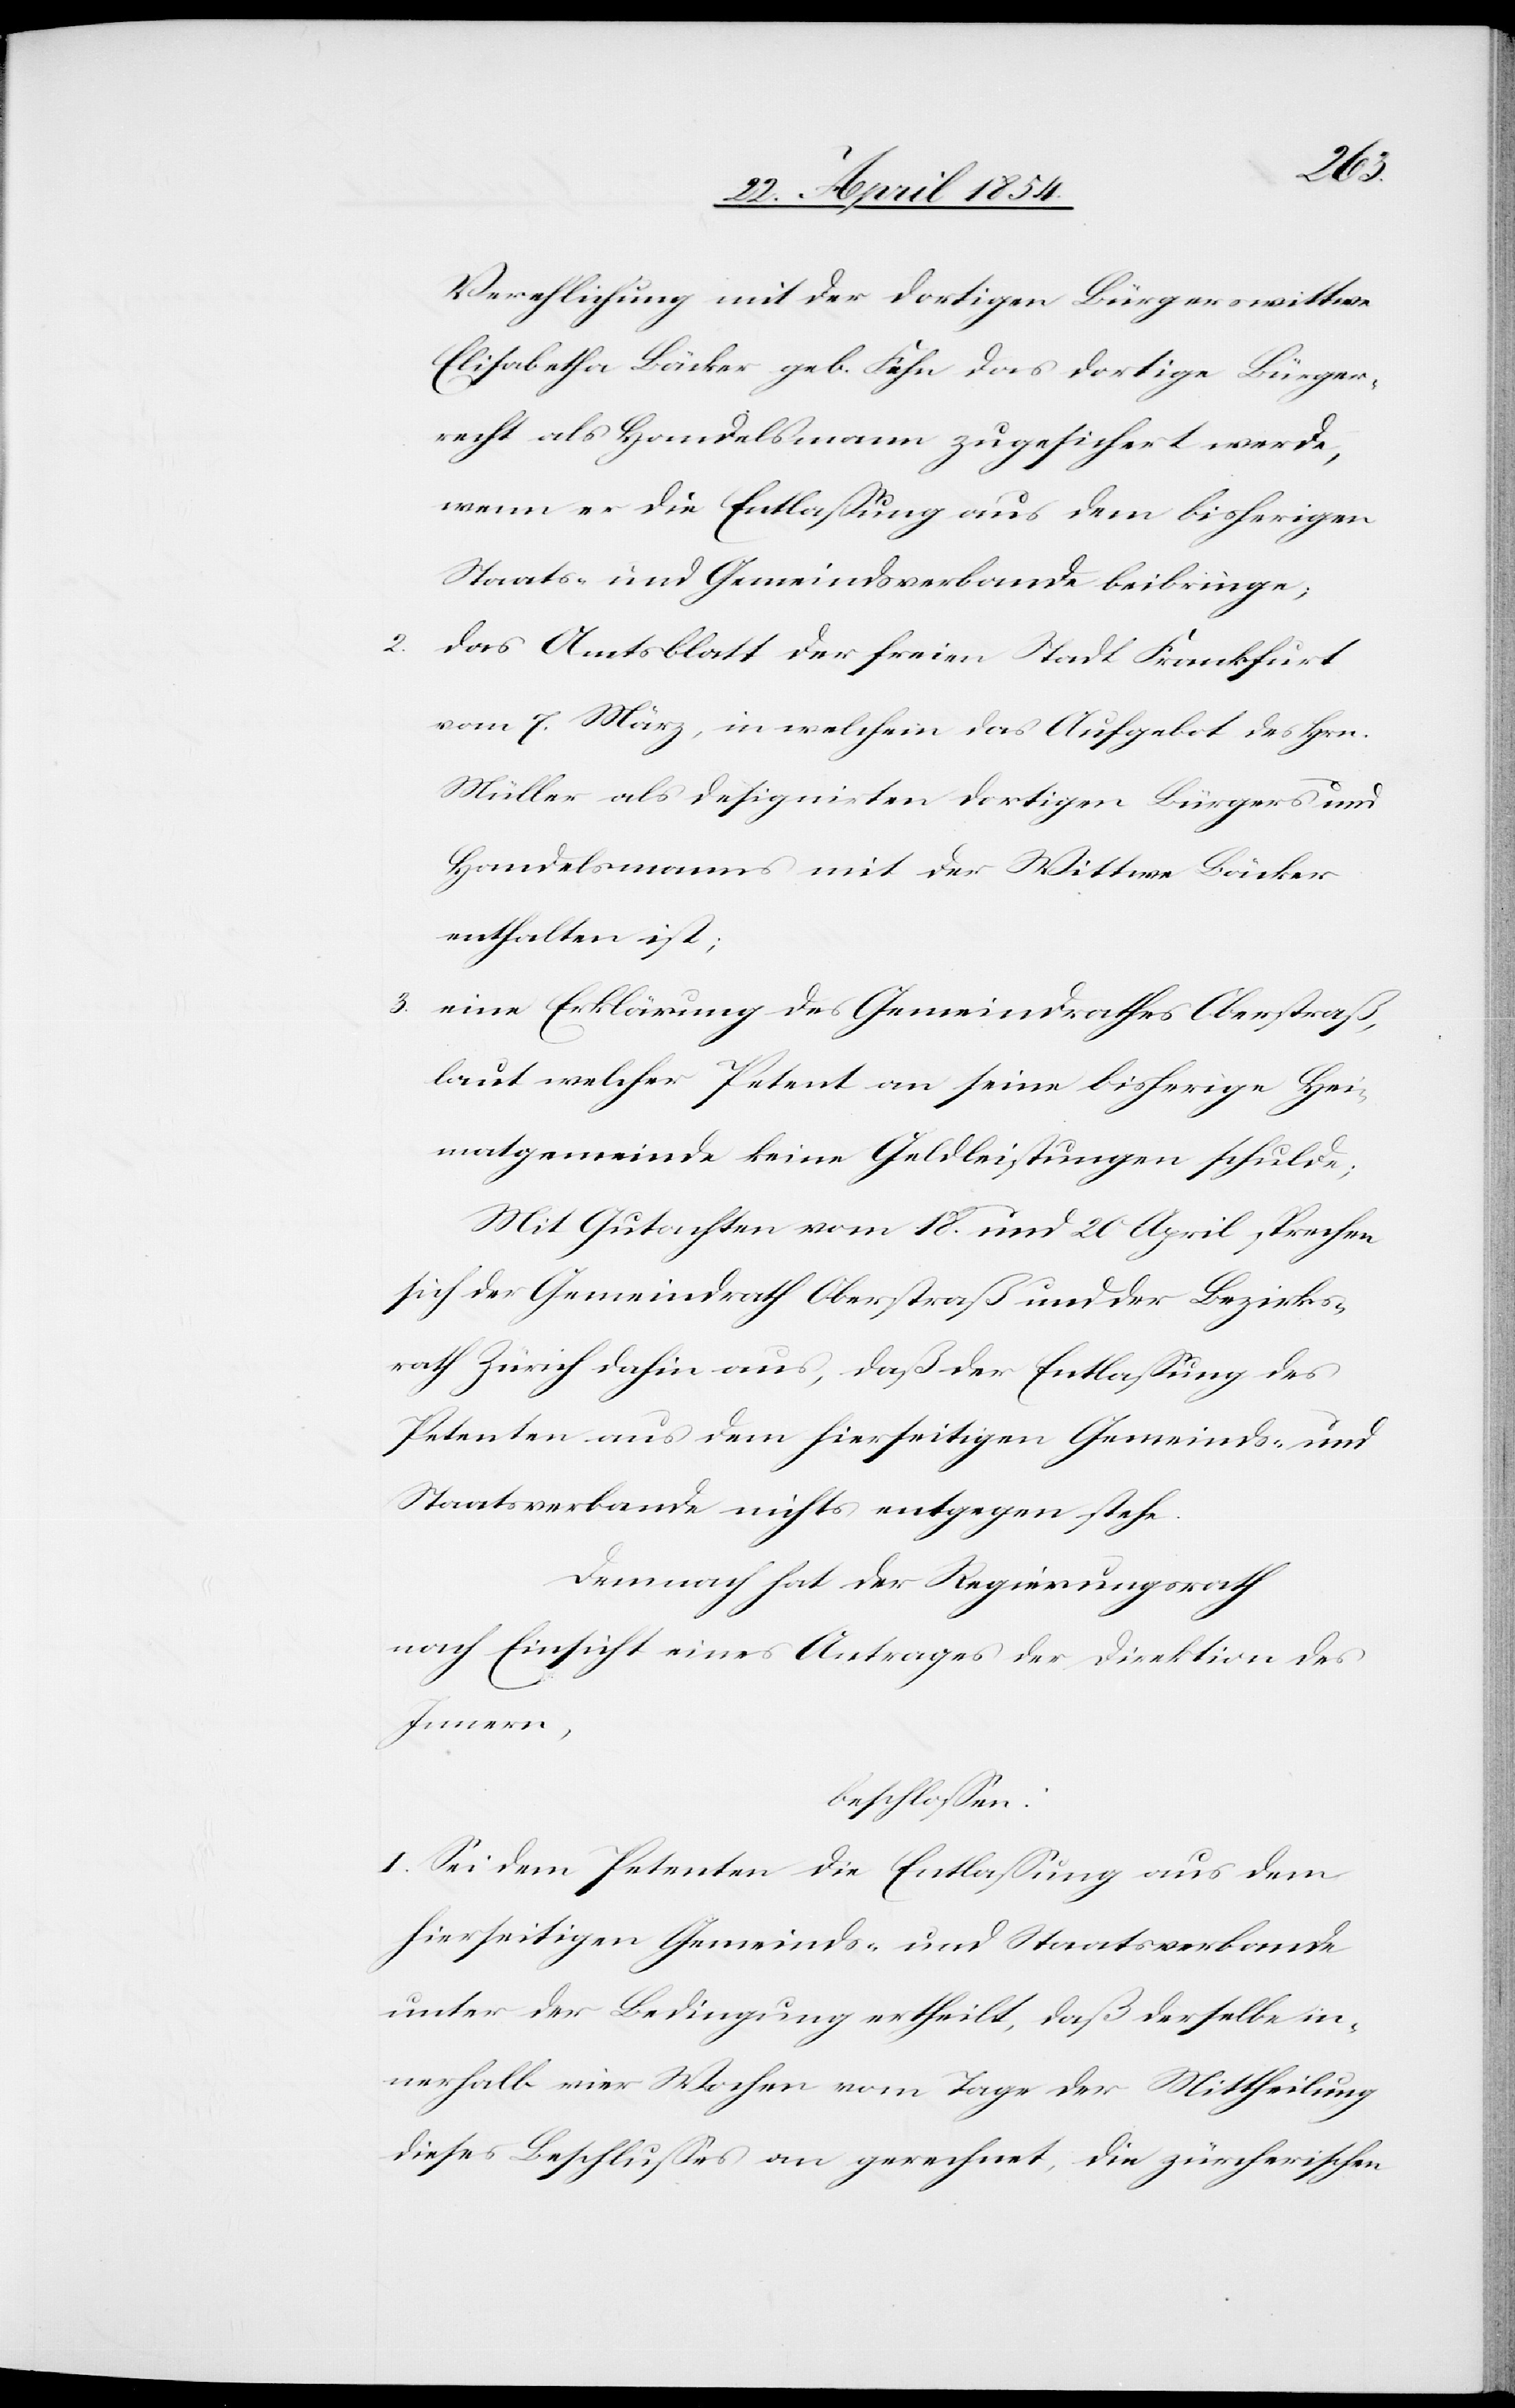
2.

Verehelichung mit der dortigen Bürgerswittwe
Elisabetha Bäcker geb. Fehn das dortige Bürger¬
recht als Handelsmann zugesichert werde,
wenn er die Entlaßung aus dem bisherigen
Staats- und Gemeindsverbande beibringe;
das Amtsblatt der freien Stadt Frankfurt
vom 7. März, in welchem das Aufgebot des Hrn.
Müller als designirten dortigen Bürgers und
Handelsmanns mit der Wittwe Bäcker
enthalten ist;
3. eine Erklärung des Gemeindrathes Oberstraß,
laut welcher Petent an seine bisherige Hei¬
matsgemeinde keine Geldleistungen schulde;
Mit Gutachten vom 18. und 20 April sprechen
sich der Gemeindrath Oberstraß und der Bezirks¬
rath Zürich dahin aus, daß der Entlaßung des
Petenten aus dem hierseitigen Gemeinds- und
Staatsverbande nichts entgegen stehe.
Demnach hat der Regierungsrath
nach Einsicht eines Antrages der Direktion des
Innern,
beschloßen:
I. Sei dem Petenten die Entlaßung aus dem
hierseitigen Gemeinds- und Staatsverbande
unter der Bedingung ertheilt, daß derselbe in¬
nerhalb vier Wochen vom Tage der Mittheilung
dieses Beschlußes an gerechnet, die zürcherischen